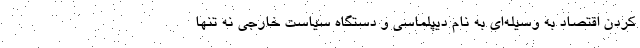
کردن اقتصاد به وسیله‌ای به نام دیپلماسی و دستگاه سیاست خارجی نه تنها